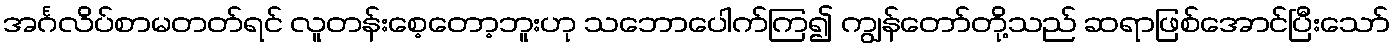
အင်္ဂလိပ်စာမတတ်ရင် လူတန်းစေ့တော့ဘူးဟု သဘောပေါက်ကြ၍ ကျွန်တော်တို့သည် ဆရာဖြစ်အောင်ပြီးသော်